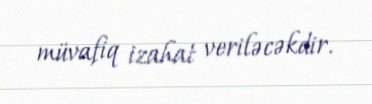
müvafiq izahat veriləcəkdir.